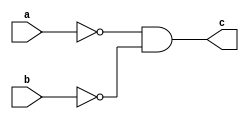
`timescale 1ns / 1ps
//////////////////////////////////////////////////////////////////////////////////
// Company: 
// Engineer: 
// 
// Design Name: 
// Module Name: nand_nor
// Project Name: 
// Target Devices: 
// Tool Versions: 
// Description: 
// 
// Dependencies: 
// 
// Revision:
// Revision 0.01 - File Created
// Additional Comments:
// 
//////////////////////////////////////////////////////////////////////////////////


module nand_nor(
input a,
input b,
output c
    );
    
    wire nand1, nand2, nand3;
    nand(nand1, a, a);
    nand(nand2, b, b);
    nand(nand3, nand1, nand2);
    nand(c, nand3, nand3);
    
endmodule